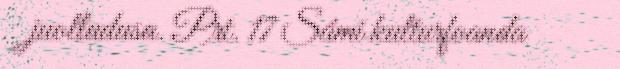
juolludusa. Prt. 17 Sámi kulturfoanda